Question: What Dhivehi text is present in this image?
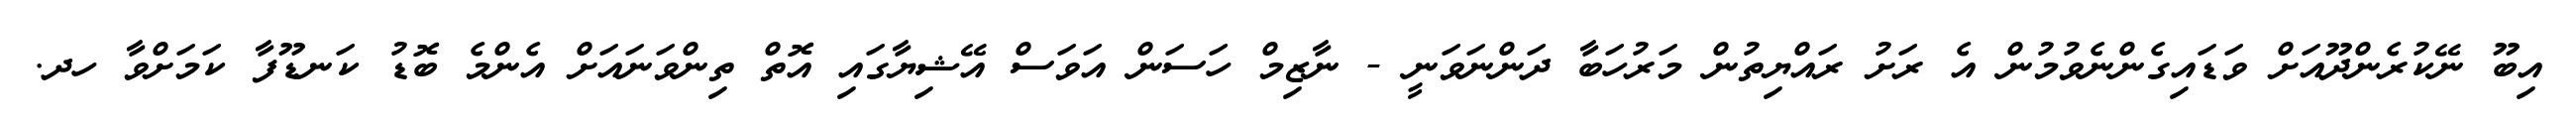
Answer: އިބޫ ނޭކުރެންދޫއަށް ވަޑައިގެންނެވުމުން އެ ރަށު ރައްޔިތުން މަރުހަބާ ދަންނަވަނީ - ނާޒިމް ހަސަން އަވަސް އޭޝިޔާގައި އޮތް ތިންވަނައަށް އެންމެ ބޮޑު ކަނޑޫފާ ކަމަށްވާ ހދ.